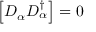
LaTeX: \left[ D _ { \alpha } D _ { \alpha } ^ { \dagger } \right] = 0